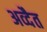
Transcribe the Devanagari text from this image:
अव्दैत